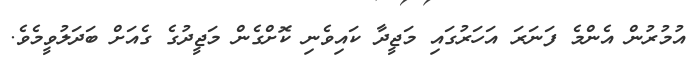
އުމުރުން އެންމެ ފަނަރަ އަހަރުގައި މަޖީދާ ކައިވެނި ކޮށްގެން މަޖީދުގެ ގެއަށް ބަދަލުވީމެވެ.